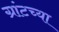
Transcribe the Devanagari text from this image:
ग्रांटच्या